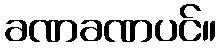
ခဏခဏပင်။